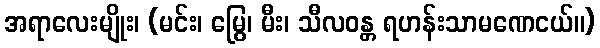
အရာလေးမျိုး၊ (မင်း၊ မြွေ၊ မီး၊ သီလဝန္တ ရဟန်းသာမဏေငယ်။)